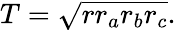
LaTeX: T={\sqrt{rr_{a}r_{b}r_{c}}}.